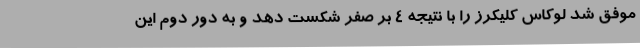
موفق شد لوکاس کلیکرز را با نتیجه 4 بر صفر شکست دهد و به دور دوم این